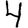
Digit: 4